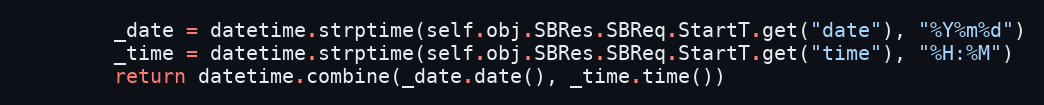
Language: Python
        _date = datetime.strptime(self.obj.SBRes.SBReq.StartT.get("date"), "%Y%m%d")
        _time = datetime.strptime(self.obj.SBRes.SBReq.StartT.get("time"), "%H:%M")
        return datetime.combine(_date.date(), _time.time())